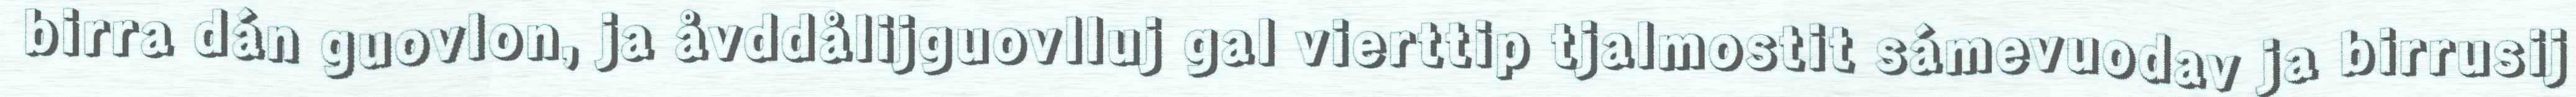
birra dán guovlon, ja åvddålijguovlluj gal vierttip tjalmostit sámevuodav ja birrusij